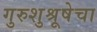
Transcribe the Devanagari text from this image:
गुरुशुश्रूषेचा